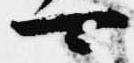
可